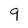
Character: 9